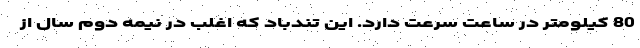
80 کیلومتر در ساعت سرعت دارد. این تندباد که اغلب در نیمه دوم سال از